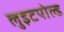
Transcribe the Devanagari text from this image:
लुइटपोल्ड